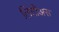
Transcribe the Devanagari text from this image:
लिंटीअस